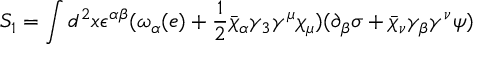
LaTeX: S _ { 1 } = \int d ^ { 2 } x \epsilon ^ { \alpha \beta } ( \omega _ { \alpha } ( e ) + \frac { 1 } { 2 } \bar { \chi } _ { \alpha } \gamma _ { 3 } \gamma ^ { \mu } \chi _ { \mu } ) ( \partial _ { \beta } \sigma + \bar { \chi } _ { \nu } \gamma _ { \beta } \gamma ^ { \nu } \psi )